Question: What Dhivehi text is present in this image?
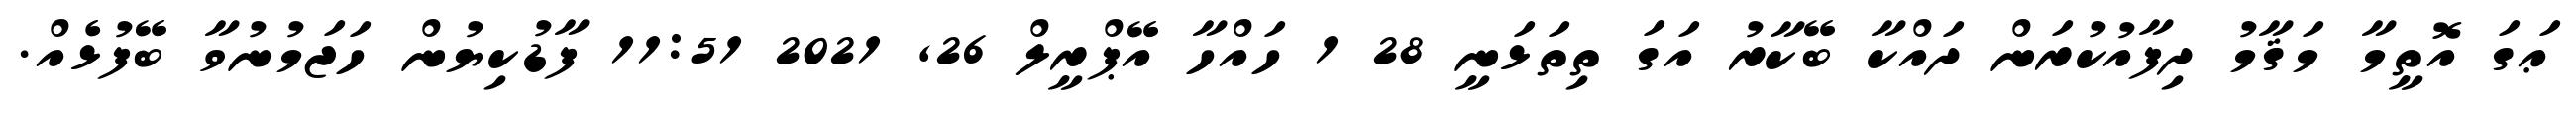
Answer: ޢަގަ އޮތީމާ މަޤާމު ދިފާއުކުރަން ދައްކާ ބޭކާރު އަގަ ތިތަޅަނީ 28 1 ހައްހާ އޭޕްރީލް 26, 2021 11:51 ފާޑުކިޔުން ހަޖަމުނުވާ ބޭފުޅެއް.